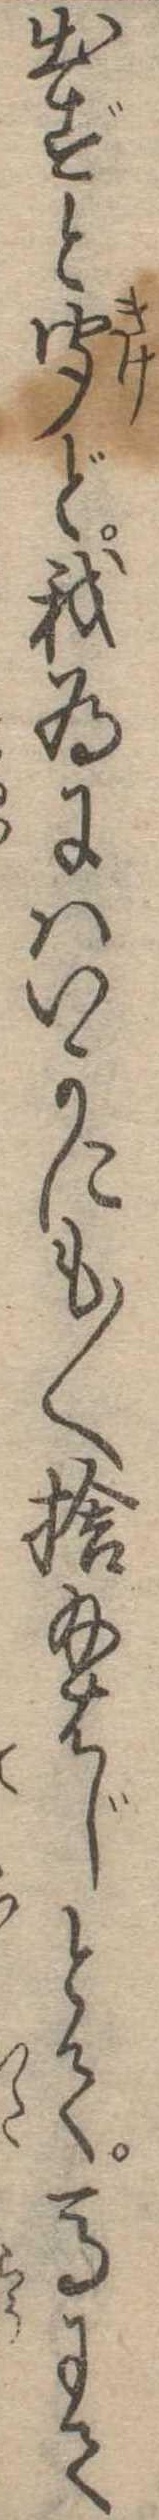
出ずと聞ど我為にはいかにも〱捨給はじとて馬にて